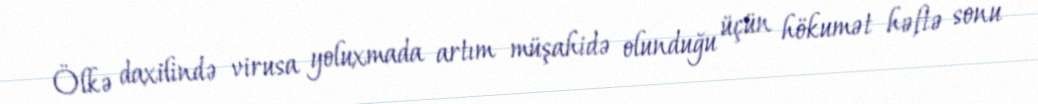
Ölkə daxilində virusa yoluxmada artım müşahidə olunduğu üçün hökumət həftə sonu